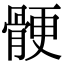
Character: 骾